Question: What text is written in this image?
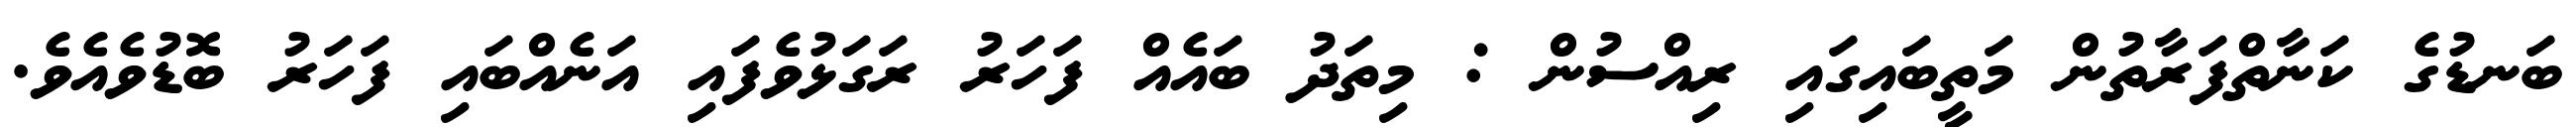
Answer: ބަނޑުގެ ކަނާތްފަރާތުން މަތީބައިގައި ރިއްސުން : މިތަދު ބައެއް ފަހަރު ރަގަޅުވެފައި އަނެއްބައި ފަހަރު ބޮޑުވެއެވެ.